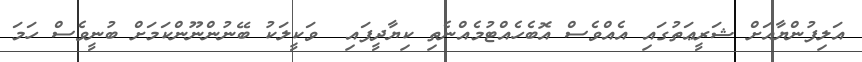
އަލިފުންޔާއަށް ޝަރީޢަތުގައި އެއްވެސް އޮބެހެއްޓުމެއްނެތި ކިޔާދީފައި  ވަކީލަކު ބޭނުންނޫންކަމަށް ބުނީވެސް ހަމަ